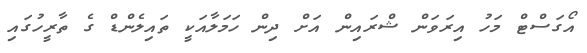
އޯގަސްޓް މަހު އިރަވަން ޝްރައިން އަށް ދިން ހަމަލާއަކީ ތައިލެންޑް ގެ ތާރީހުގައި